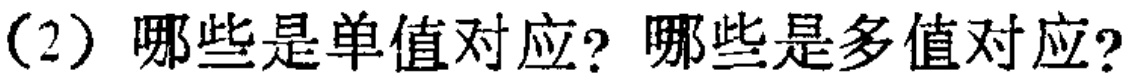
(2) 哪些是单值对应？哪些是多值对应？